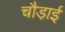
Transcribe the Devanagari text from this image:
चौडा़ई